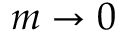
m \rightarrow 0